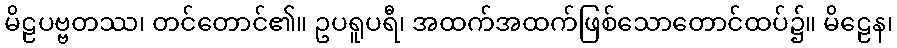
မိဠပဗ္ဗတဿ၊ တင်တောင်၏။ ဥပရူပရီ၊ အထက်အထက်ဖြစ်သောတောင်ထပ်၌။ မိဠေန၊